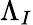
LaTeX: \Lambda_{I}